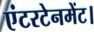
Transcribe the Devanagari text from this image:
एंटरटेनमेंट।